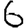
Digit: 6